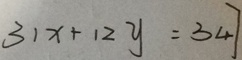
3 1 x + 1 2 y = 3 4 7